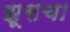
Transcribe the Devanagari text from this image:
झूसचा